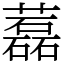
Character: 藞